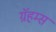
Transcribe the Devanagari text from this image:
ग्रॅहम्स